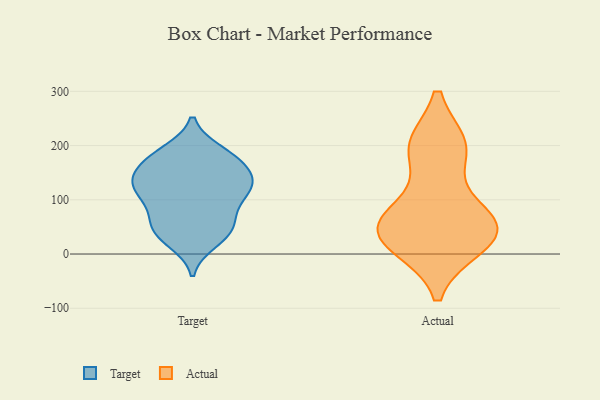
{"axis": {"x": "Revenue (USD Million)", "y": "Value"}, "legend": ["Actual", "Target"], "data": [{"x": "", "y": 127, "type": "Target"}, {"x": "", "y": 91, "type": "Target"}, {"x": "", "y": 52, "type": "Target"}, {"x": "", "y": 135, "type": "Target"}, {"x": "", "y": 187, "type": "Target"}, {"x": "", "y": 157, "type": "Target"}, {"x": "", "y": 98, "type": "Target"}, {"x": "", "y": 126, "type": "Target"}, {"x": "", "y": 155, "type": "Target"}, {"x": "", "y": 172, "type": "Target"}, {"x": "", "y": 22, "type": "Target"}, {"x": "", "y": 31, "type": "Target"}, {"x": "", "y": 41, "type": "Target"}, {"x": "", "y": 51, "type": "Target"}, {"x": "", "y": 179, "type": "Target"}, {"x": "", "y": 131, "type": "Target"}, {"x": "", "y": 109, "type": "Target"}, {"x": "", "y": 189, "type": "Target"}, {"x": "", "y": 125, "type": "Target"}, {"x": "", "y": 64, "type": "Target"}, {"x": "", "y": 198, "type": "Actual"}, {"x": "", "y": 16, "type": "Actual"}, {"x": "", "y": 197, "type": "Actual"}, {"x": "", "y": 54, "type": "Actual"}, {"x": "", "y": 23, "type": "Actual"}, {"x": "", "y": 59, "type": "Actual"}, {"x": "", "y": 27, "type": "Actual"}, {"x": "", "y": 69, "type": "Actual"}, {"x": "", "y": 63, "type": "Actual"}, {"x": "", "y": 197, "type": "Actual"}]}